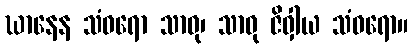
ဃာနေန သံဝရော သာဓု၊ သာဓု ဇိဝှါယ သံဝရော။